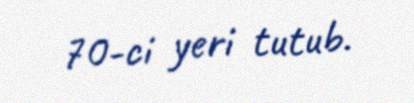
70-ci yeri tutub.